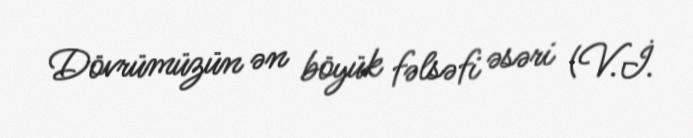
Dövrümüzün ən böyük fəlsəfi əsəri (V.İ.